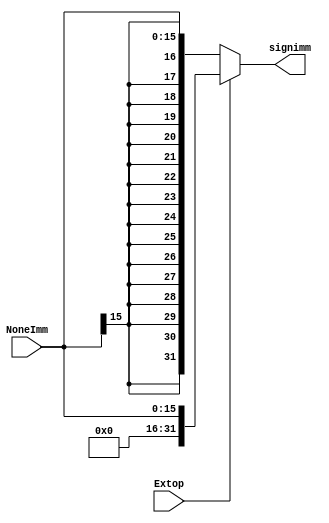
module ExTop (
    input Extop,
    input [15:0]NoneImm,
    output wire [31:0]signimm
);
assign signimm = (Extop==1'b1)? {{16{1'b0}},NoneImm}: {{16{NoneImm[15]}},NoneImm};

endmodule //Extop